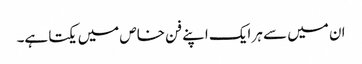
ان میں سے ہر ایک اپنے فن خاص میں یکتا ہے۔